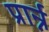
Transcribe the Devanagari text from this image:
प्रार्न्न